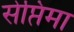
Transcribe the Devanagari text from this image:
सेप्तिमा